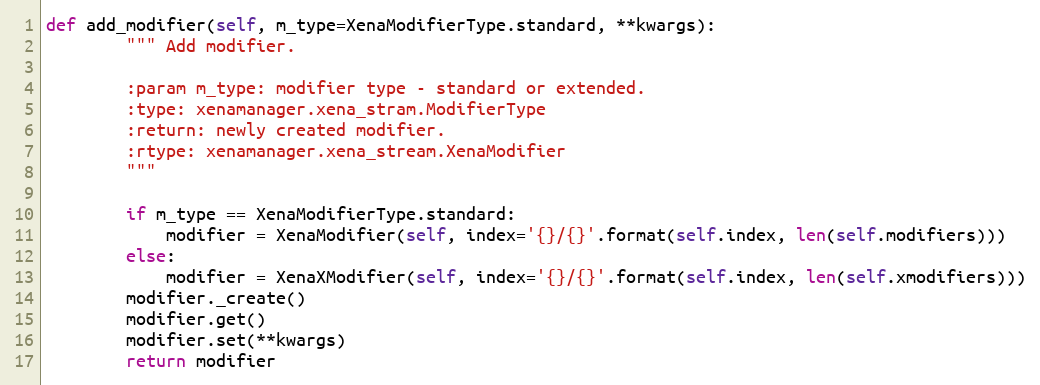
Language: Python
def add_modifier(self, m_type=XenaModifierType.standard, **kwargs):
        """ Add modifier.

        :param m_type: modifier type - standard or extended.
        :type: xenamanager.xena_stram.ModifierType
        :return: newly created modifier.
        :rtype: xenamanager.xena_stream.XenaModifier
        """

        if m_type == XenaModifierType.standard:
            modifier = XenaModifier(self, index='{}/{}'.format(self.index, len(self.modifiers)))
        else:
            modifier = XenaXModifier(self, index='{}/{}'.format(self.index, len(self.xmodifiers)))
        modifier._create()
        modifier.get()
        modifier.set(**kwargs)
        return modifier